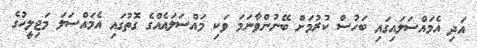
އަދި އެމައްސަލައިގައި ބަހުސް ކުރުމަށް ބޭނުންވާނަމަ ވަކި މައްސަލައެއްގެ ގޮތުގައި އެމައްސަލަ މަޖިލީހުގެ